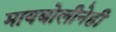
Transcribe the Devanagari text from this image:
मायबोलीनेही